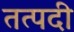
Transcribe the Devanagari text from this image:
तत्पदी